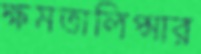
ক্ষমতালিপ্সার